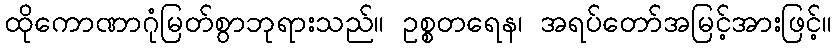
ထိုကောဏာဂုံမြတ်စွာဘုရားသည်။ ဥစ္စတရေန၊ အရပ်တော်အမြင့်အားဖြင့်။